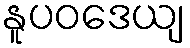
နူပဝဒေယျ